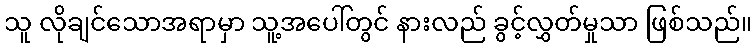
သူ လိုချင်သောအရာမှာ သူ့အပေါ်တွင် နားလည် ခွင့်လွှတ်မှုသာ ဖြစ်သည်။